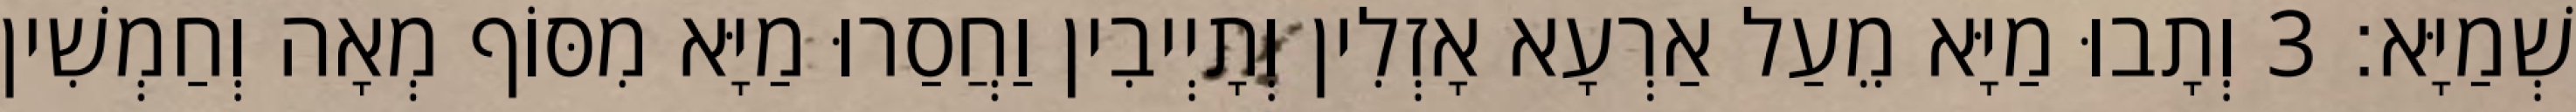
שְׁמַיָּא׃ 3 וְתָבוּ מַיָּא מֵעַל אַרְעָא אָזְלִין וְתָיְיבִין וַחֲסַרוּ מַיָּא מִסּוֹף מְאָה וְחַמְשִׁין